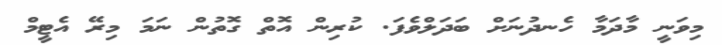
މިވަނީ މާދަމާ ހެނދުނަށް ބަދަލްވެފަ. ކުރިން އޮތް ގޮތުން ނަމަ މިރޭ އެޓީމް